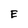
Character: E